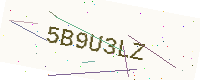
Text: 5B9U3LZ